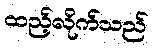
ထည့်လိုက်သည်